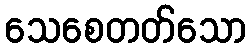
သေစေတတ်သော